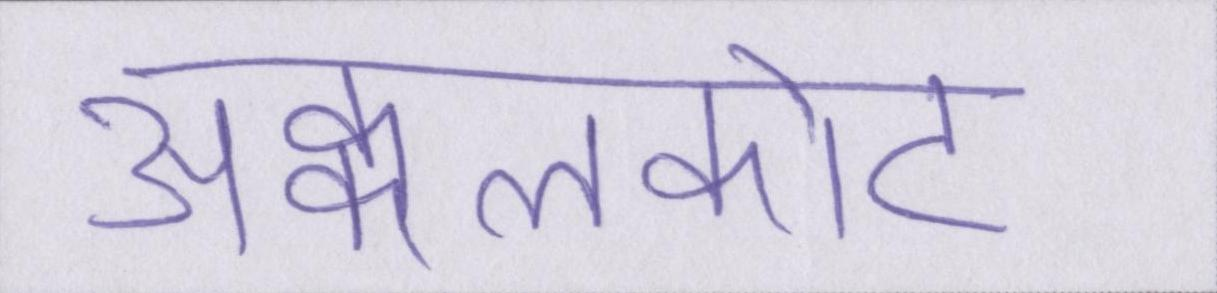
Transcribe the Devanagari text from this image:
अक्कलकोट